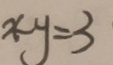
x - y = 3